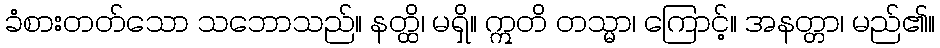
ခံစားတတ်သော သဘောသည်။ နတ္ထိ၊ မရှိ။ ဣတိ တသ္မာ၊ ကြောင့်။ အနတ္တာ၊ မည်၏။